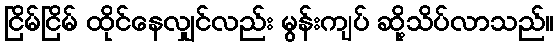
ငြိမ်ငြိမ် ထိုင်နေလျှင်လည်း မွန်းကျပ် ဆို့သိပ်လာသည်။